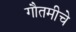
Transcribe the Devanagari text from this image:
गौतमीचे